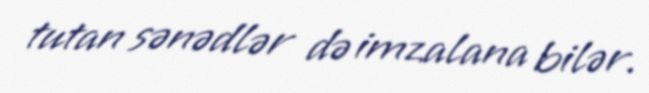
tutan sənədlər də imzalana bilər.